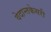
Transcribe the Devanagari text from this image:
वेदान्तकेसरी